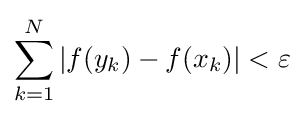
\sum _{k=1}^{N}|f(y_{k})-f(x_{k})|<\varepsilon